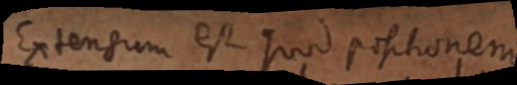
Extensum est quod positionem